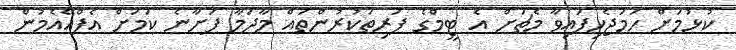
ކުޅުމަށް ހަމަޖެހިފައިވާ މެޗަށް އެ ޓީމްގެ ފަރިތަކުރުންތައް މާދަމާ ފަށާނެ ކަމަށް އެފްއޭއެމުން